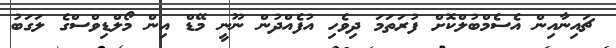
ޗައިނާއިން އެސެމްބުލްކޮށް ފުރަތަމަ ދިވެހި އުފެއްދުން ނޫނީ މޭޑް އިން މޯލްޑިވްސްގެ ލަގަބު